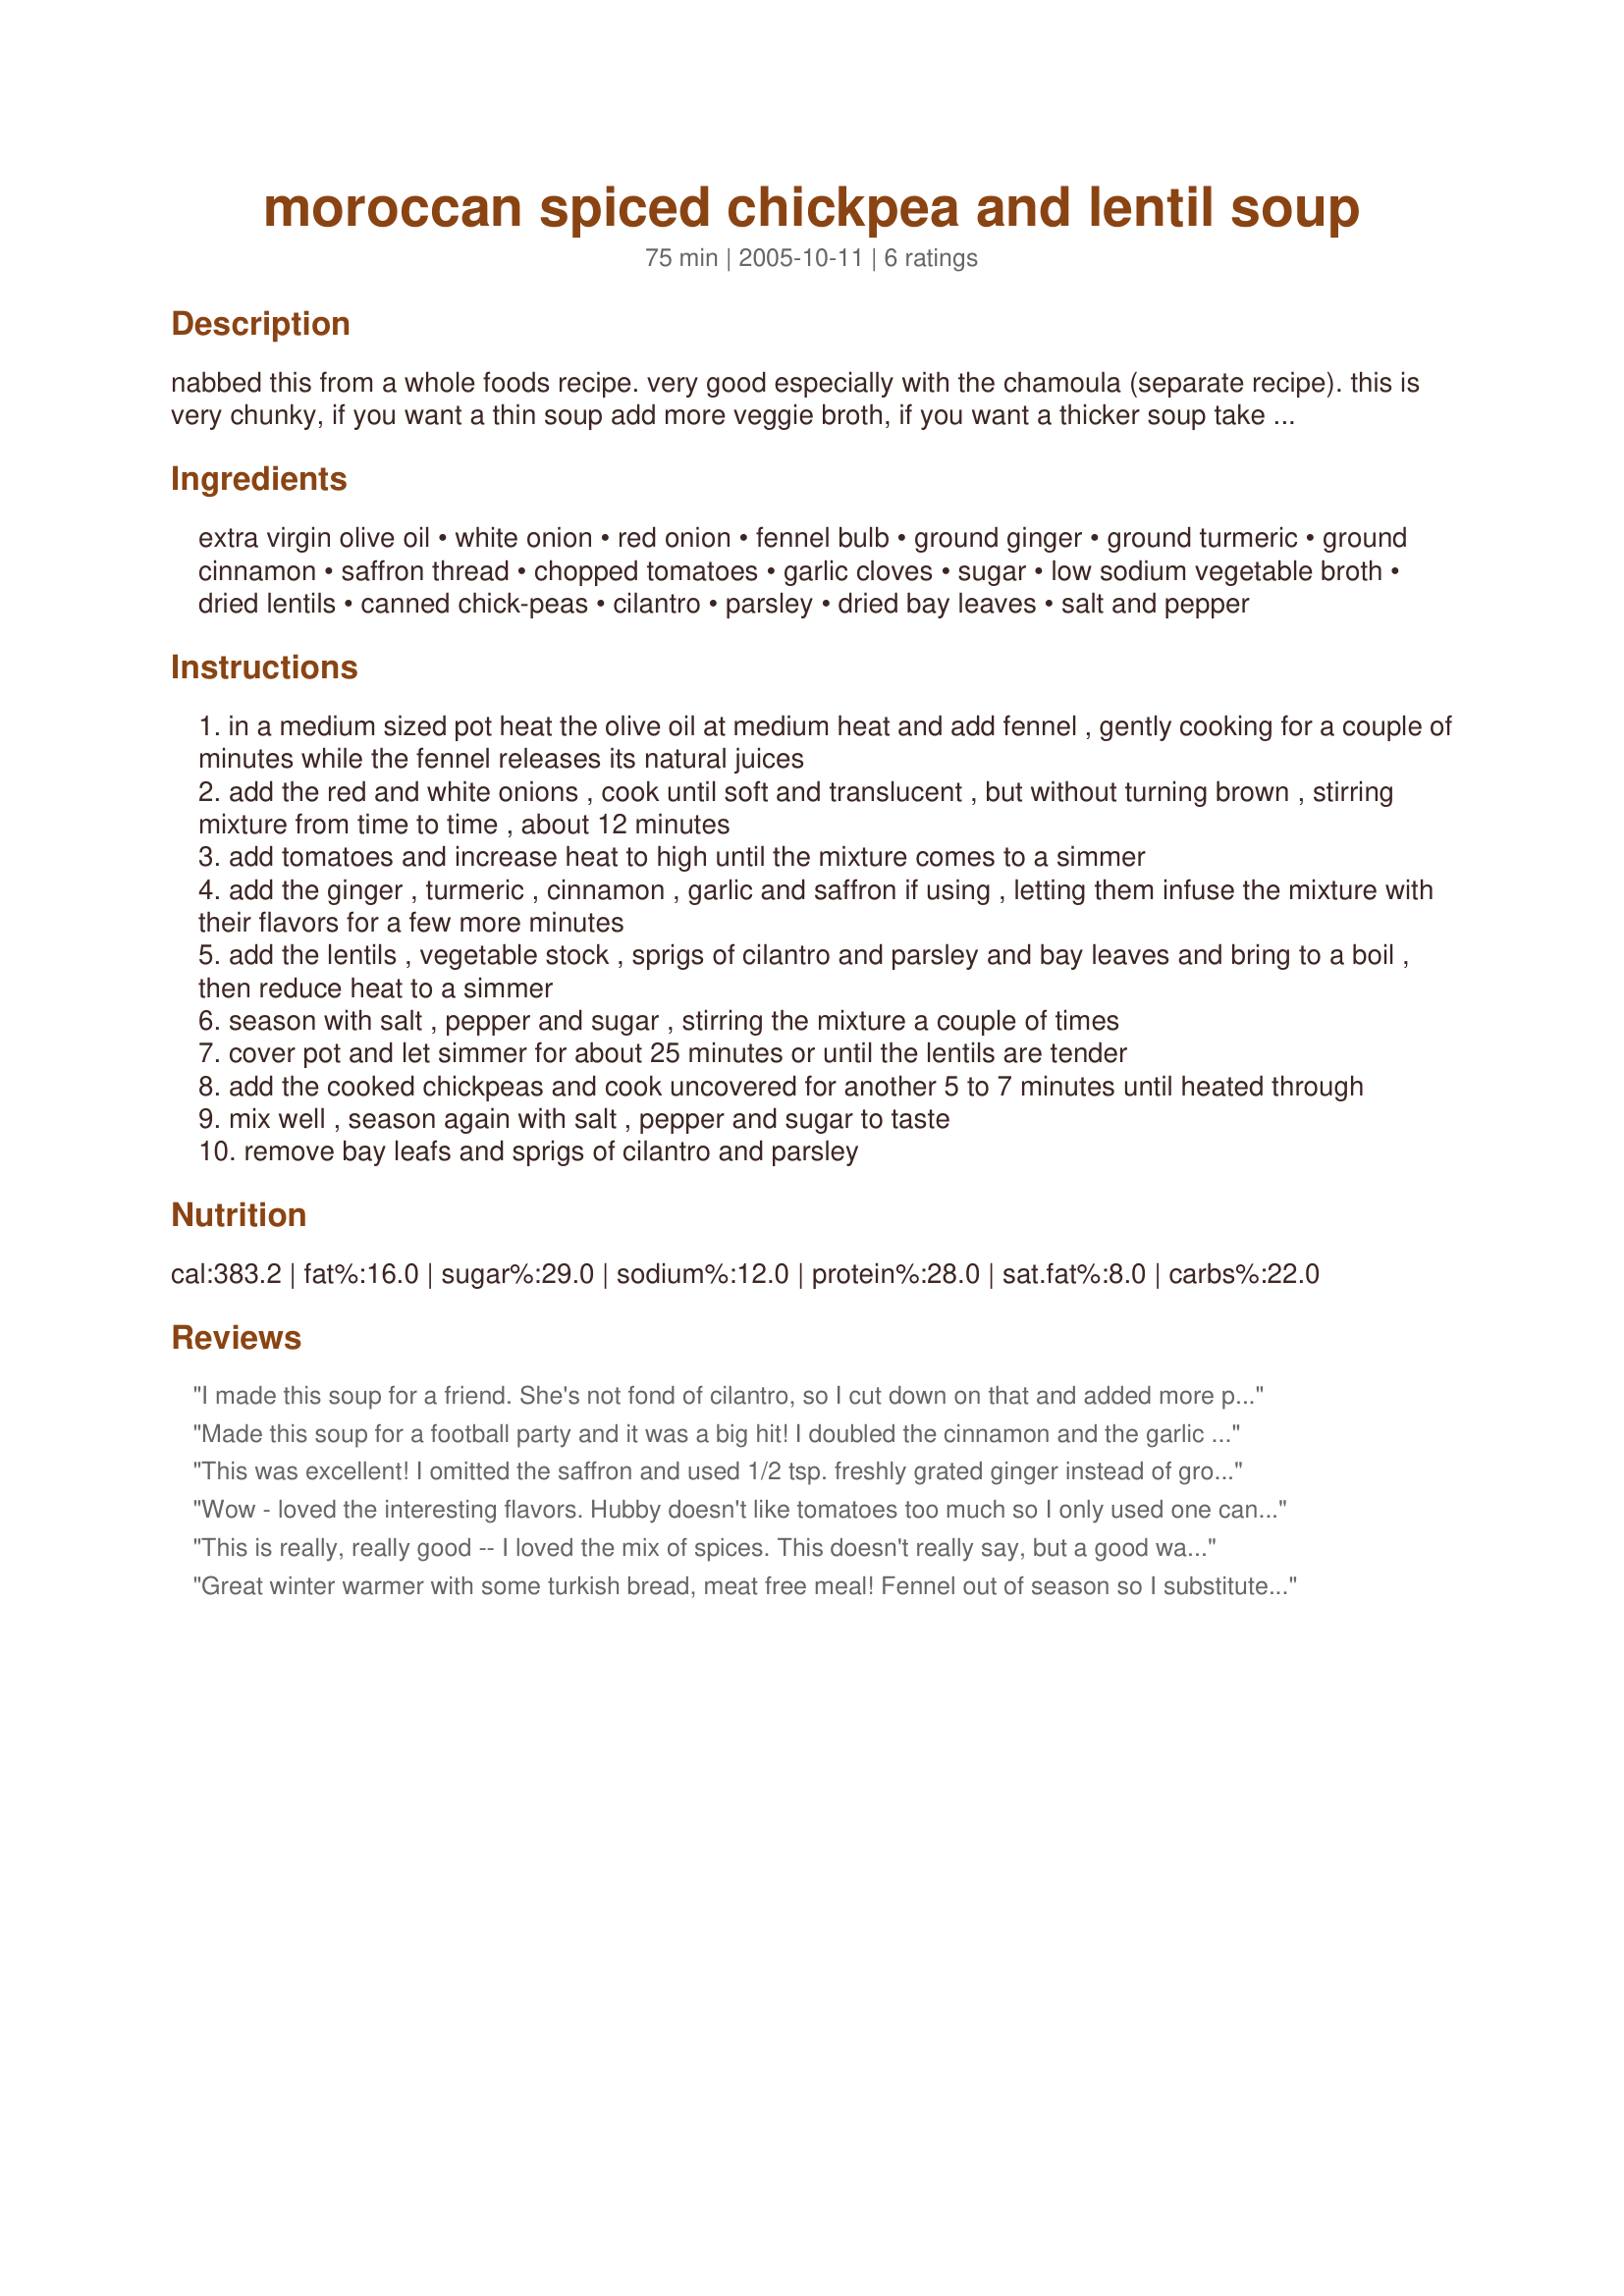
moroccan spiced chickpea and lentil soup
Preparation time: 75 minutes

nabbed this from a whole foods recipe. very good especially with the chamoula (separate recipe). this is very chunky, if you want a thin soup add more veggie broth, if you want a thicker soup take some of the chickpeas and lentils and puree them in a blender, then add them back into the soup.

Ingredients:
extra virgin olive oil, white onion, red onion, fennel bulb, ground ginger, ground turmeric, ground cinnamon, saffron thread, chopped tomatoes, garlic cloves, sugar, low sodium vegetable broth, dried lentils, canned chick-peas, cilantro, parsley, dried bay leaves, salt and pepper

Steps:
in a medium sized pot heat the olive oil at medium heat and add fennel , gently cooking for a couple of minutes while the fennel releases its natural juices
add the red and white onions , cook until soft and translucent , but without turning brown , stirring mixture from time to time , about 12 minutes
add tomatoes and increase heat to high until the mixture comes to a simmer
add the ginger , turmeric , cinnamon , garlic and saffron if using , letting them infuse the mixture with their flavors for a few more minutes
add the lentils , vegetable stock , sprigs of cilantro and parsley and bay leaves and bring to a boil , then reduce heat to a simmer
season with salt , pepper and sugar , stirring the mixture a couple of times
cover pot and let simmer for about 25 minutes or until the lentils are tender
add the cooked chickpeas and cook uncovered for another 5 to 7 minutes until heated through
mix well , season again with salt , pepper and sugar to taste
remove bay leafs and sprigs of cilantro and parsley

Reviews:
I made this soup for a friend. She's not fond of cilantro, so I cut down on that and added more parsley. Also, threw in an extra cup of chick peas so as not to waste them and used fresh ginger rather than ground ginger. My grocery store didn't have a fennel bulb, so I used an anise bulb. I really liked the flavour and would definitely make this recipe again. I also served it with corn bread. It was a big hit.
Made this soup for a football party and it was a big hit! I doubled the cinnamon and the garlic and served it with cornbread that my MIL made. Yummy! Thank you for sharing!
This was excellent! I omitted the saffron and used 1/2 tsp. freshly grated ginger instead of ground, which came out great. I'd recommend going fairly light on the salt/pepper - the flavors are great already, and even with low-sodium vegetable broth, there's plenty of salt there in the first place. I also just threw the chickpeas in about 10 min. into the 25 min. simmering step, and they came out fine.
Wow - loved the interesting flavors. Hubby doesn't like tomatoes too much so I only used one can. Also, could not find fennel so like Watto1 suggested, I used celery, and added a small sprinkle of fennel seeds. Will definitely make again.
Thanks for posting !
This is really, really good -- I loved the mix of spices. This doesn't really say, but a good way to cook the chickpeas before adding them to the stew is to simmer them for about fifteen minutes, so that they'll be ready just as the lentils become tender.
Great winter warmer with some turkish bread, meat free meal! Fennel out of season so I substituted celery. Looking forward to trying it with the fennel!
